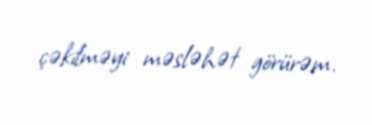
çəkilməyi məsləhət görürəm.